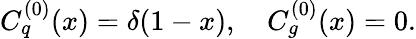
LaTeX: C_{q}^{(0)}(x)=\delta(1-x),~~~~C_{g}^{(0)}(x)=0.